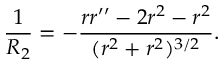
\frac { 1 } { R _ { 2 } } = - \frac { r r ^ { \prime \prime } - 2 r ^ { 2 } - r ^ { 2 } } { ( r ^ { 2 } + r ^ { 2 } ) ^ { 3 / 2 } } . \nonumber